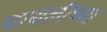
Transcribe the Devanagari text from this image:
पायलीच्या